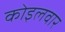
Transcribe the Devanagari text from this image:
कोइलवार